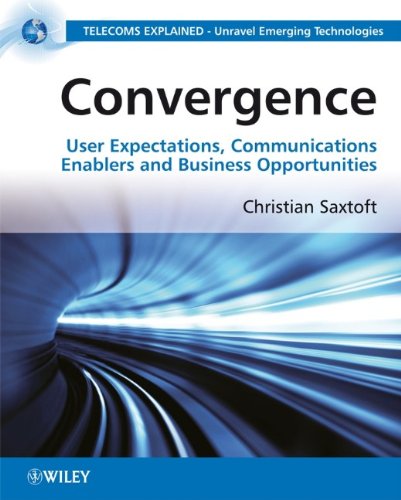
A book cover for Convergence: User Expectations, Communications Enablers and Business Opportunities; Dr. Christian Saxtoft; Business & Money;